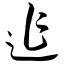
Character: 迮